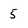
Character: 5